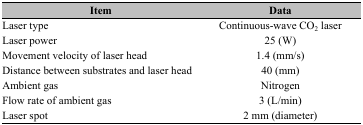
<table><thead><tr><td><b>Item</b></td><td><b>Data</b></td></tr></thead><tbody><tr><td>Laser type</td><td>Continuous-wave CO<sub>2</sub> laser</td></tr><tr><td>Laser power</td><td>25 (W)</td></tr><tr><td>Movement velocity of laser head</td><td>1.4 (mm/s)</td></tr><tr><td>Distance between substrates and laser head</td><td>40 (mm)</td></tr><tr><td>Ambient gas</td><td>Nitrogen</td></tr><tr><td>Flow rate of ambient gas</td><td>3 (L/min)</td></tr><tr><td>Laser spot</td><td>2 mm (diameter)</td></tr></tbody></table>